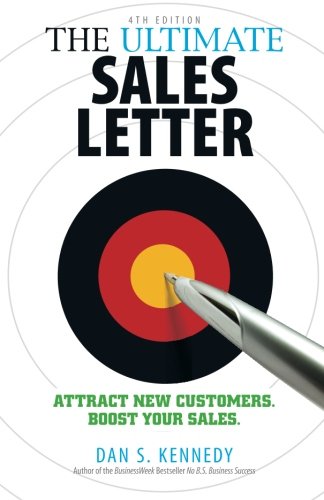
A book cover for The Ultimate Sales Letter: Attract New Customers. Boost your Sales.; Dan S. Kennedy; Business & Money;